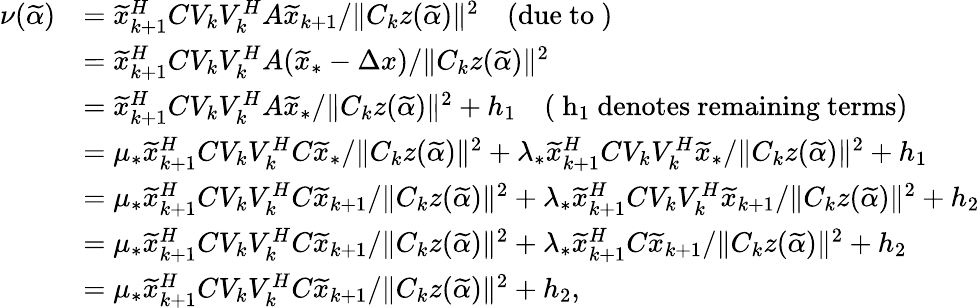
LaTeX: \begin{array}{rl}{\nu(\widetilde{\alpha})}&{=\widetilde{x}_{k+1}^{H}CV_{k}V_{k}^{H}A\widetilde{x}_{k+1}/\| C_{k}z(\widetilde{\alpha})\| ^{2}\quad\mathrm{(due~to~)}}\\ &{=\widetilde{x}_{k+1}^{H}CV_{k}V_{k}^{H}A(\widetilde{x}_{*}-\Delta x)/\| C_{k}z(\widetilde{\alpha})\| ^{2}}\\ &{=\widetilde{x}_{k+1}^{H}CV_{k}V_{k}^{H}A\widetilde{x}_{*}/\| C_{k}z(\widetilde{\alpha})\| ^{2}+h_{1}\quad\mathrm{(~h_1~denotes~remaining~terms)}}\\ &{=\mu_{*}\widetilde{x}_{k+1}^{H}CV_{k}V_{k}^{H}C\widetilde{x}_{*}/\| C_{k}z(\widetilde{\alpha})\| ^{2}+\lambda_{*}\widetilde{x}_{k+1}^{H}CV_{k}V_{k}^{H}\widetilde{x}_{*}/\| C_{k}z(\widetilde{\alpha})\| ^{2}+h_{1}}\\ &{=\mu_{*}\widetilde{x}_{k+1}^{H}CV_{k}V_{k}^{H}C\widetilde{x}_{k+1}/\| C_{k}z(\widetilde{\alpha})\| ^{2}+\lambda_{*}\widetilde{x}_{k+1}^{H}CV_{k}V_{k}^{H}\widetilde{x}_{k+1}/\| C_{k}z(\widetilde{\alpha})\| ^{2}+h_{2}}\\ &{=\mu_{*}\widetilde{x}_{k+1}^{H}CV_{k}V_{k}^{H}C\widetilde{x}_{k+1}/\| C_{k}z(\widetilde{\alpha})\| ^{2}+\lambda_{*}\widetilde{x}_{k+1}^{H}C\widetilde{x}_{k+1}/\| C_{k}z(\widetilde{\alpha})\| ^{2}+h_{2}}\\ &{=\mu_{*}\widetilde{x}_{k+1}^{H}CV_{k}V_{k}^{H}C\widetilde{x}_{k+1}/\| C_{k}z(\widetilde{\alpha})\| ^{2}+h_{2},}\end{array}